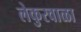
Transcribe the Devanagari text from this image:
लेकुरवाळा